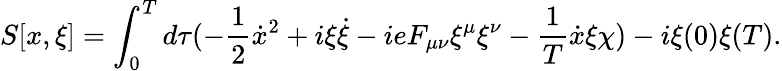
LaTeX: S[x,\xi]=\int_{0}^{T}d\tau(-\frac{1}{2}\dot{x}^{2}+i\xi\dot{\xi}-ieF_{\mu\nu}\xi^{\mu}\xi^{\nu}-\frac{1}{T}\dot{x}\xi\chi)-i\xi(0)\xi(T).